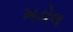
ખડોલ